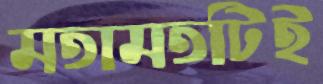
মতামতটিই